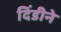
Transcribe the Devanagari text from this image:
दिंडीने